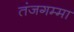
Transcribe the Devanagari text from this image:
तंजगम्मा